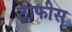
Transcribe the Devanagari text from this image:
ट्रोफीस